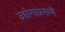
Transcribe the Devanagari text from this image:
उद्योगाप्रमाणें